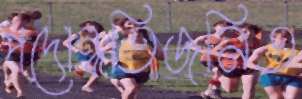
পদোন্নতিজনিত